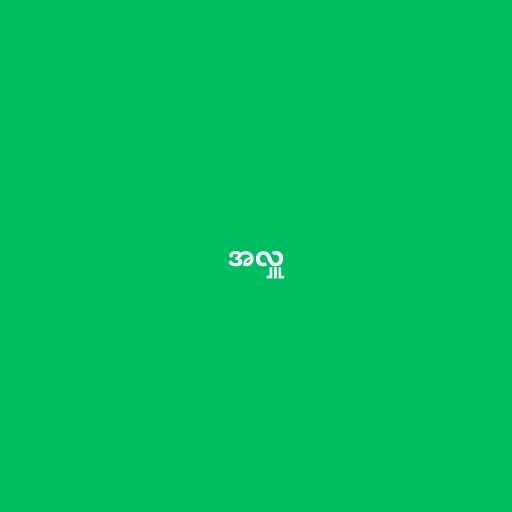
အလှူ